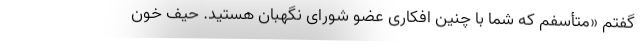
گفتم «متأسفم که شما با چنین افکاری عضو شورای نگهبان هستید. حیف خون